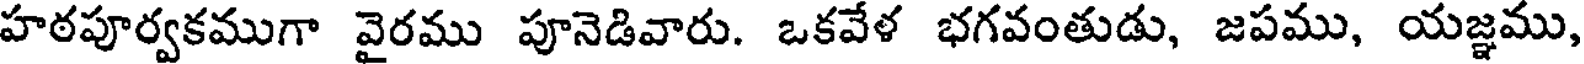
హఠపూర్వకముగా వైరము పూనెడివారు. ఒకవేళ భగవంతుడు, జపము, యజ్ఞము,